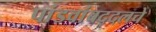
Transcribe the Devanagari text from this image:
पांडवांबद्दलचे